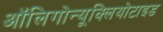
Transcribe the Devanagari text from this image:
ऑलिगोन्यूक्लियोटाइड